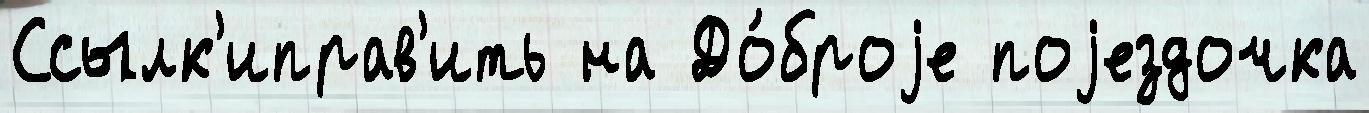
Ссылк'иправ'ить на До́броjе поjездочка